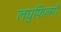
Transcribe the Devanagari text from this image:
लघुफिल्मों